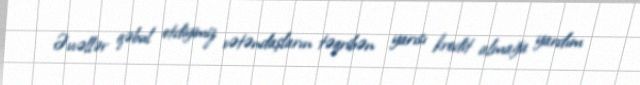
Əvvəllər qəbul etdiyimiz vətəndaşların təqribən yarısı kredit almağa yardım